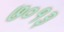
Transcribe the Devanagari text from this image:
७०१३